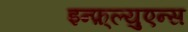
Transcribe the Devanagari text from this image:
इन्फ़्ल्युएन्स